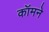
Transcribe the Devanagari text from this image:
कॉमने